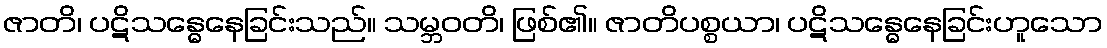
ဇာတိ၊ ပဋိသန္ဓေနေခြင်းသည်။ သမ္ဘဝတိ၊ ဖြစ်၏။ ဇာတိပစ္စယာ၊ ပဋိသန္ဓေနေခြင်းဟူသော